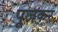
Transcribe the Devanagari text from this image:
पूजकर